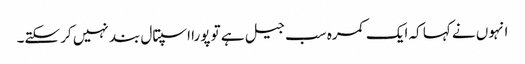
انہوں نے کہا کہ ایک کمرہ سب جیل ہے تو پورا اسپتال بند نہیں کر سکتے۔